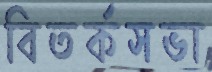
বিতর্কসভা